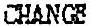
CHANGE